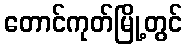
တောင်ကုတ်မြို့တွင်